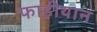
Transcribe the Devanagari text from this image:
फाहीयान